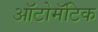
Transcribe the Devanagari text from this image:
ऑटोमॅटिक